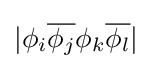
|\phi _{i}{\overline {\phi _{j}}}\phi _{k}{\overline {\phi _{l}}}|